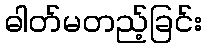
ဓါတ်မတည့်ခြင်း